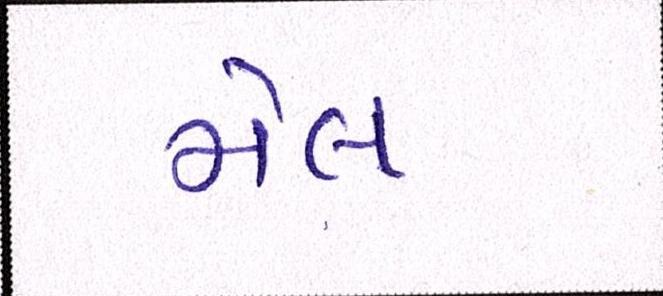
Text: મેલ